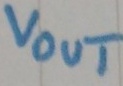
Text: Vout